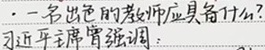
· 一名出色的教师应具备什么？习近平主席曾强调：